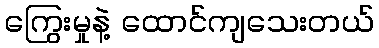
ကြွေးမှုနဲ့ ထောင်ကျသေးတယ်